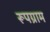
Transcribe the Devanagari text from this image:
रूपग्राम